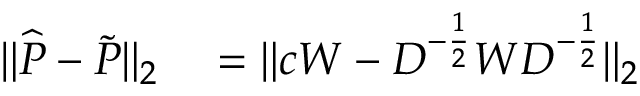
\begin{array} { r l } { \| \widehat { P } - \widetilde { P } \| _ { 2 } } & { { } = \| c W - D ^ { - \frac { 1 } { 2 } } W D ^ { - \frac { 1 } { 2 } } \| _ { 2 } } \end{array}